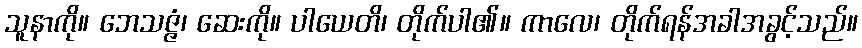
သူနာကို။ ဘေသဇ္ဇံ၊ ဆေးကို။ ပါယေတိ၊ တိုက်ပါ၏။ ကာလေ၊ တိုက်ရန်အခါအခွင့်သည်။